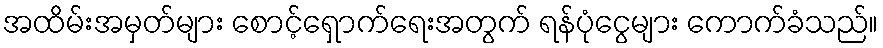
အထိမ်းအမှတ်များ စောင့်ရှောက်ရေးအတွက် ရန်ပုံငွေများ ကောက်ခံသည်။